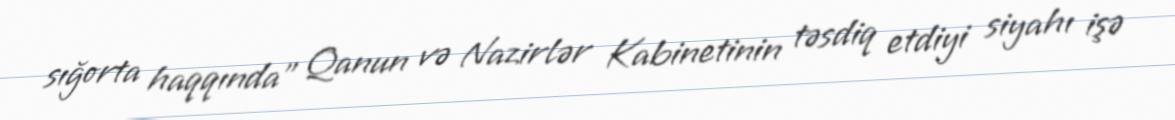
sığorta haqqında" Qanun və Nazirlər Kabinetinin təsdiq etdiyi siyahı işə